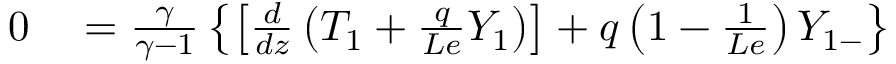
\begin{array} { r l } { 0 } & { { } = \frac { \gamma } { \gamma - 1 } \left\{ \left[ \frac { d } { d z } \left( T _ { 1 } + \frac { q } { L e } Y _ { 1 } \right) \right] + q \left( 1 - \frac { 1 } { L e } \right) Y _ { 1 - } \right\} } \end{array}